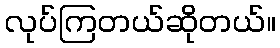
လုပ်ကြတယ်ဆိုတယ်။